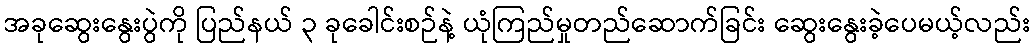
အခုဆွေးနွေးပွဲကို ပြည်နယ် ၃ ခုခေါင်းစဉ်နဲ့ ယုံကြည်မှုတည်ဆောက်ခြင်း ဆွေးနွေးခဲ့ပေမယ့်လည်း